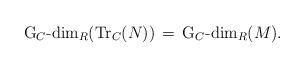
LaTeX: \begin{align*}\textrm{G}_C\textrm{-dim}_R(\textrm{Tr}_C (N)) \, = \,\textrm{G}_C\textrm{-dim}_R(M).\end{align*}